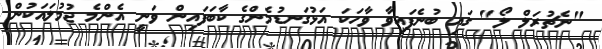
"ނެޗުރަލް ލޯ" ގައި ބުނެފައިވާ ވާހަކަ އަޅުގަނޑުމެންގެ ކާބަފައިން ވަނީ އެންމެ ޖުމުލައަކުން